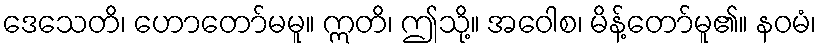
ဒေသေတိ၊ ဟောတော်မမူ။ ဣတိ၊ ဤသို့။ အဝေါစ၊ မိန့်တော်မူ၏။ နဝမံ၊